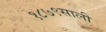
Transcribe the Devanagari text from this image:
१८७९साली